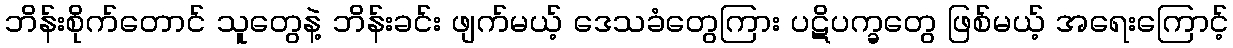
ဘိန်းစိုက်တောင် သူတွေနဲ့ ဘိန်းခင်း ဖျက်မယ့် ဒေသခံတွေကြား ပဋိပက္ခတွေ ဖြစ်မယ့် အရေးကြောင့်